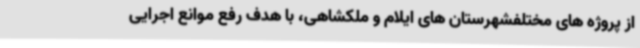
از پروژه های مختلفشهرستان های ایلام و ملکشاهی، با هدف رفع موانع اجرایی